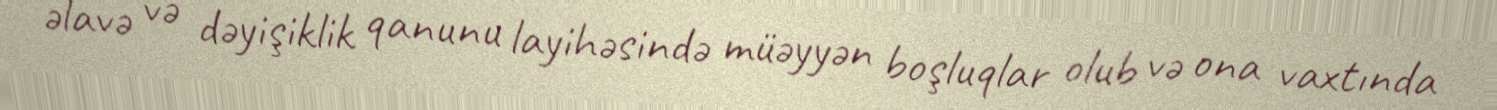
əlavə və dəyişiklik qanunu layihəsində müəyyən boşluqlar olub və ona vaxtında